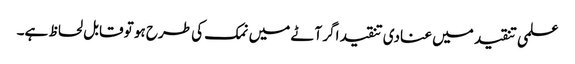
علمی تنقید میں عنادی تنقید اگر آٹے میں نمک کی طرح ہو تو قابل لحاظ ہے۔